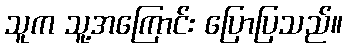
သူက သူ့အကြောင်း ပြောပြသည်။